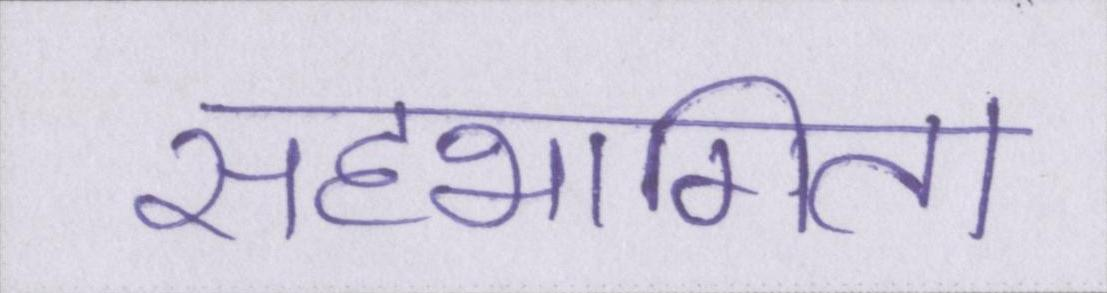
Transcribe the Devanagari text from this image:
सहभागिता